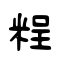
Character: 𥺆